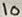
Text: 10